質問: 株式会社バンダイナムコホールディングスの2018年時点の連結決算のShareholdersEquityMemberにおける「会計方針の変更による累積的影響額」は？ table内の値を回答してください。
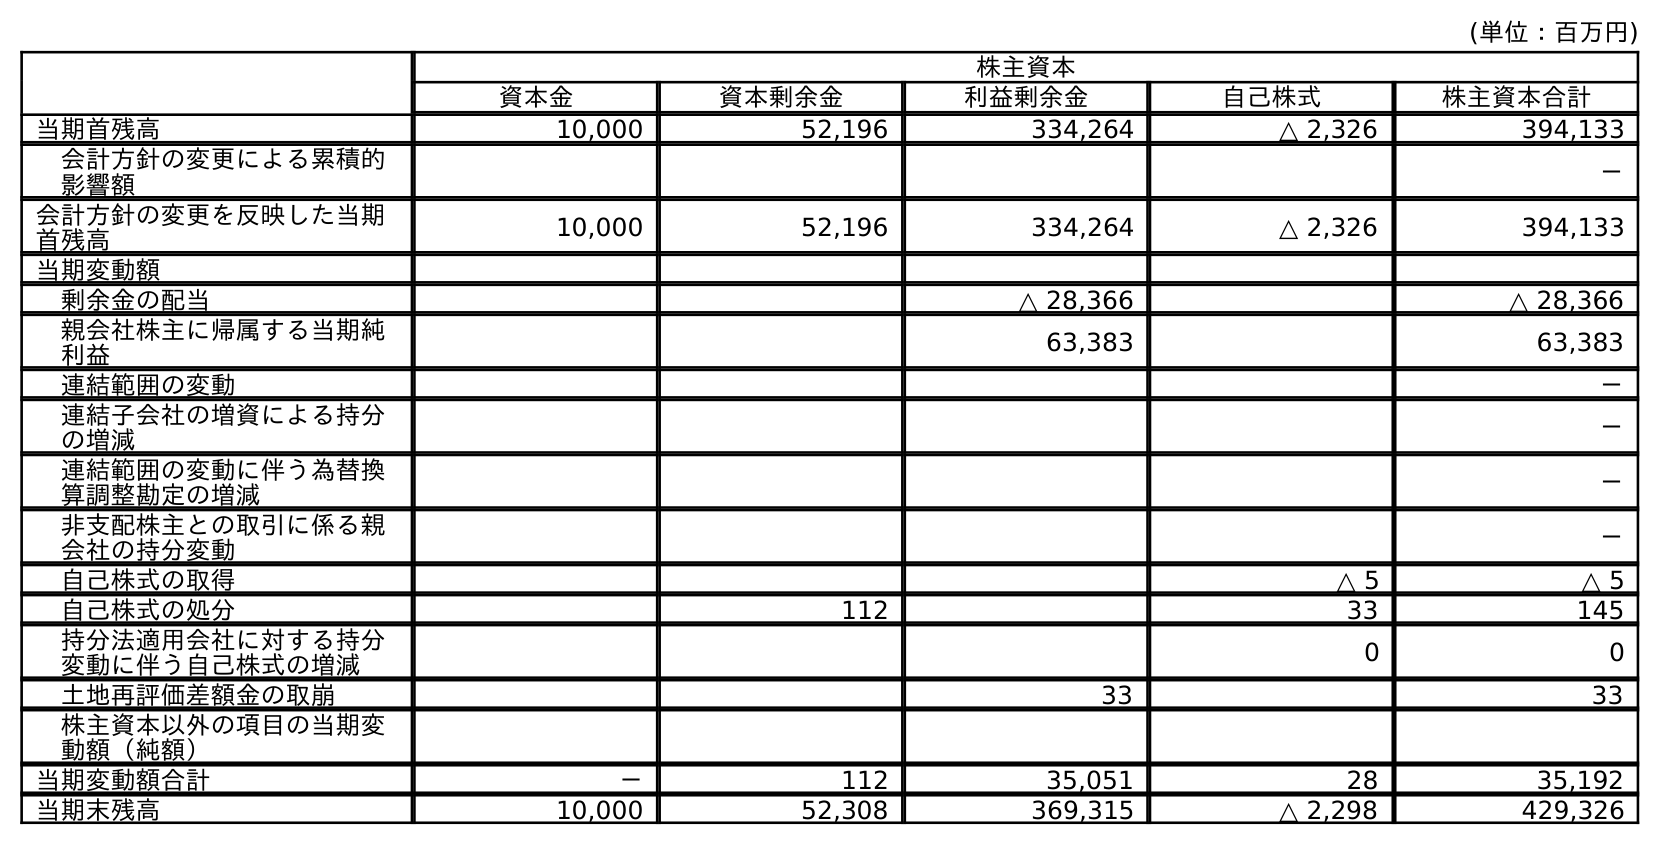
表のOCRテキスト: (単位：百万円) 株主資本 資本金 資本剰余金 利益剰余金 自己株式 株主資本合計 当期首残高 10,000 52,196 334,264 △ 2,326 394,133 会計方針の変更による累積的 影響額 － 会計方針の変更を反映した当期 首残高 10,000 52,196 334,264 △ 2,326 394,133 当期変動額 剰余金の配当 △ 28,366 △ 28,366 親会社株主に帰属する当期純 利益 63,383 63,383 連結範囲の変動 － 連結子会社の増資による持分 の増減 － 連結範囲の変動に伴う為替換 算調整勘定の増減 － 非支配株主との取引に係る親 会社の持分変動 － 自己株式の取得 △ 5 △ 5 自己株式の処分 112 33 145 持分法適用会社に対する持分 変動に伴う自己株式の増減 0 0 土地再評価差額金の取崩 33 33 株主資本以外の項目の当期変 動額（純額） 当期変動額合計 － 112 35,051 28 35,192 当期末残高 10,000 52,308 369,315 △ 2,298 429,326
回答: －